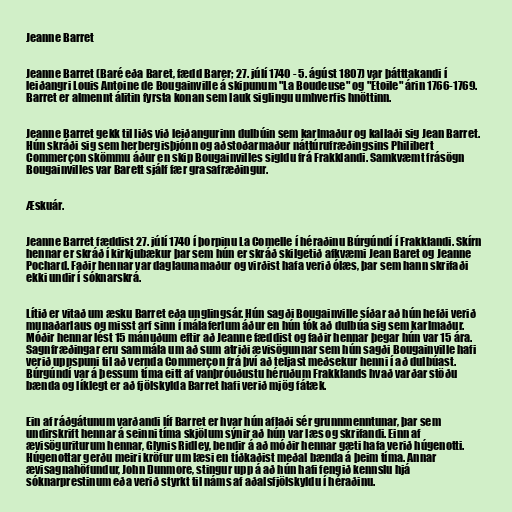
Jeanne Barret

Jeanne Barret (Baré eða Baret, fædd Barer; 27. júlí 1740 - 5. ágúst 1807) var þátttakandi í
leiðangri Louis Antoine de Bougainville á skipunum "La Boudeuse" og "Étoile" árin 1766-1769.
Barret er almennt álitin fyrsta konan sem lauk siglingu umhverfis hnöttinn.

Jeanne Barret gekk til liðs við leiðangurinn dulbúin sem karlmaður og kallaði sig Jean Barret.
Hún skráði sig sem herbergisþjónn og aðstoðarmaður náttúrufræðingsins Philibert
Commerçon skömmu áður en skip Bougainvilles sigldu frá Frakklandi. Samkvæmt frásögn
Bougainvilles var Barett sjálf fær grasafræðingur.

Æskuár.

Jeanne Barret fæddist 27. júlí 1740 í þorpinu La Comelle í héraðinu Búrgúndí í Frakklandi. Skírn
hennar er skráð í kirkjubækur þar sem hún er skráð skilgetið afkvæmi Jean Baret og Jeanne
Pochard. Faðir hennar var daglaunamaður og virðist hafa verið ólæs, þar sem hann skrifaði
ekki undir í sóknarskrá.

Lítið er vitað um æsku Barret eða unglingsár. Hún sagði Bougainville síðar að hún hefði verið
munaðarlaus og misst arf sinn í málaferlum áður en hún tók að dulbúa sig sem karlmaður.
Móðir hennar lést 15 mánuðum eftir að Jeanne fæddist og faðir hennar þegar hún var 15 ára.
Sagnfræðingar eru sammála um að sum atriði ævisögunnar sem hún sagði Bougainville hafi
verið uppspuni til að vernda Commerçon frá því að teljast meðsekur henni í að dulbúast.
Búrgúndí var á þessum tíma eitt af vanþróuðustu héruðum Frakklands hvað varðar stöðu
bænda og líklegt er að fjölskylda Barret hafi verið mjög fátæk.

Ein af ráðgátunum varðandi líf Barret er hvar hún aflaði sér grunnmenntunar, þar sem
undirskrift hennar á seinni tíma skjölum sýnir að hún var læs og skrifandi. Einn af
ævisöguriturum hennar, Glynis Ridley, bendir á að móðir hennar gæti hafa verið húgenotti.
Húgenottar gerðu meiri kröfur um læsi en tíðkaðist meðal bænda á þeim tíma. Annar
ævisagnahöfundur, John Dunmore, stingur upp á að hún hafi fengið kennslu hjá
sóknarprestinum eða verið styrkt til náms af aðalsfjölskyldu í héraðinu.